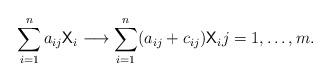
LaTeX: \begin{align*}\sum_{i=1}^na_{ij}\mathsf{X}_i \longrightarrow \sum_{i=1}^n(a_{ij}+c_{ij})\mathsf{X}_i j = 1, \ldots, m.\end{align*}